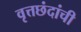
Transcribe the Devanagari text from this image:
वृत्तछंदांची